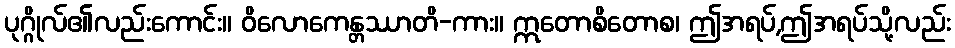
ပုဂ္ဂိုလ်၏လည်းကောင်း။ ဝိလောကေန္တဿာတိ-ကား။ ဣတောစိတောစ၊ ဤအရပ်,ဤအရပ်သို့လည်း